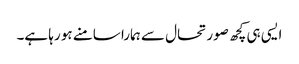
ایسی ہی کچھ صورتحال سے ہمارا سامنے ہو رہا ہے۔